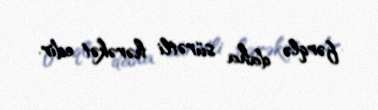
fərqlə daha sürətli hərəkət edir.